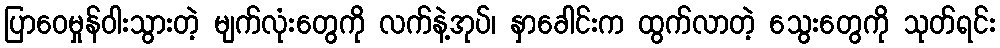
ပြာဝေမှုန်ဝါးသွားတဲ့ မျက်လုံးတွေကို လက်နဲ့အုပ်၊ နှာခေါင်းက ထွက်လာတဲ့ သွေးတွေကို သုတ်ရင်း